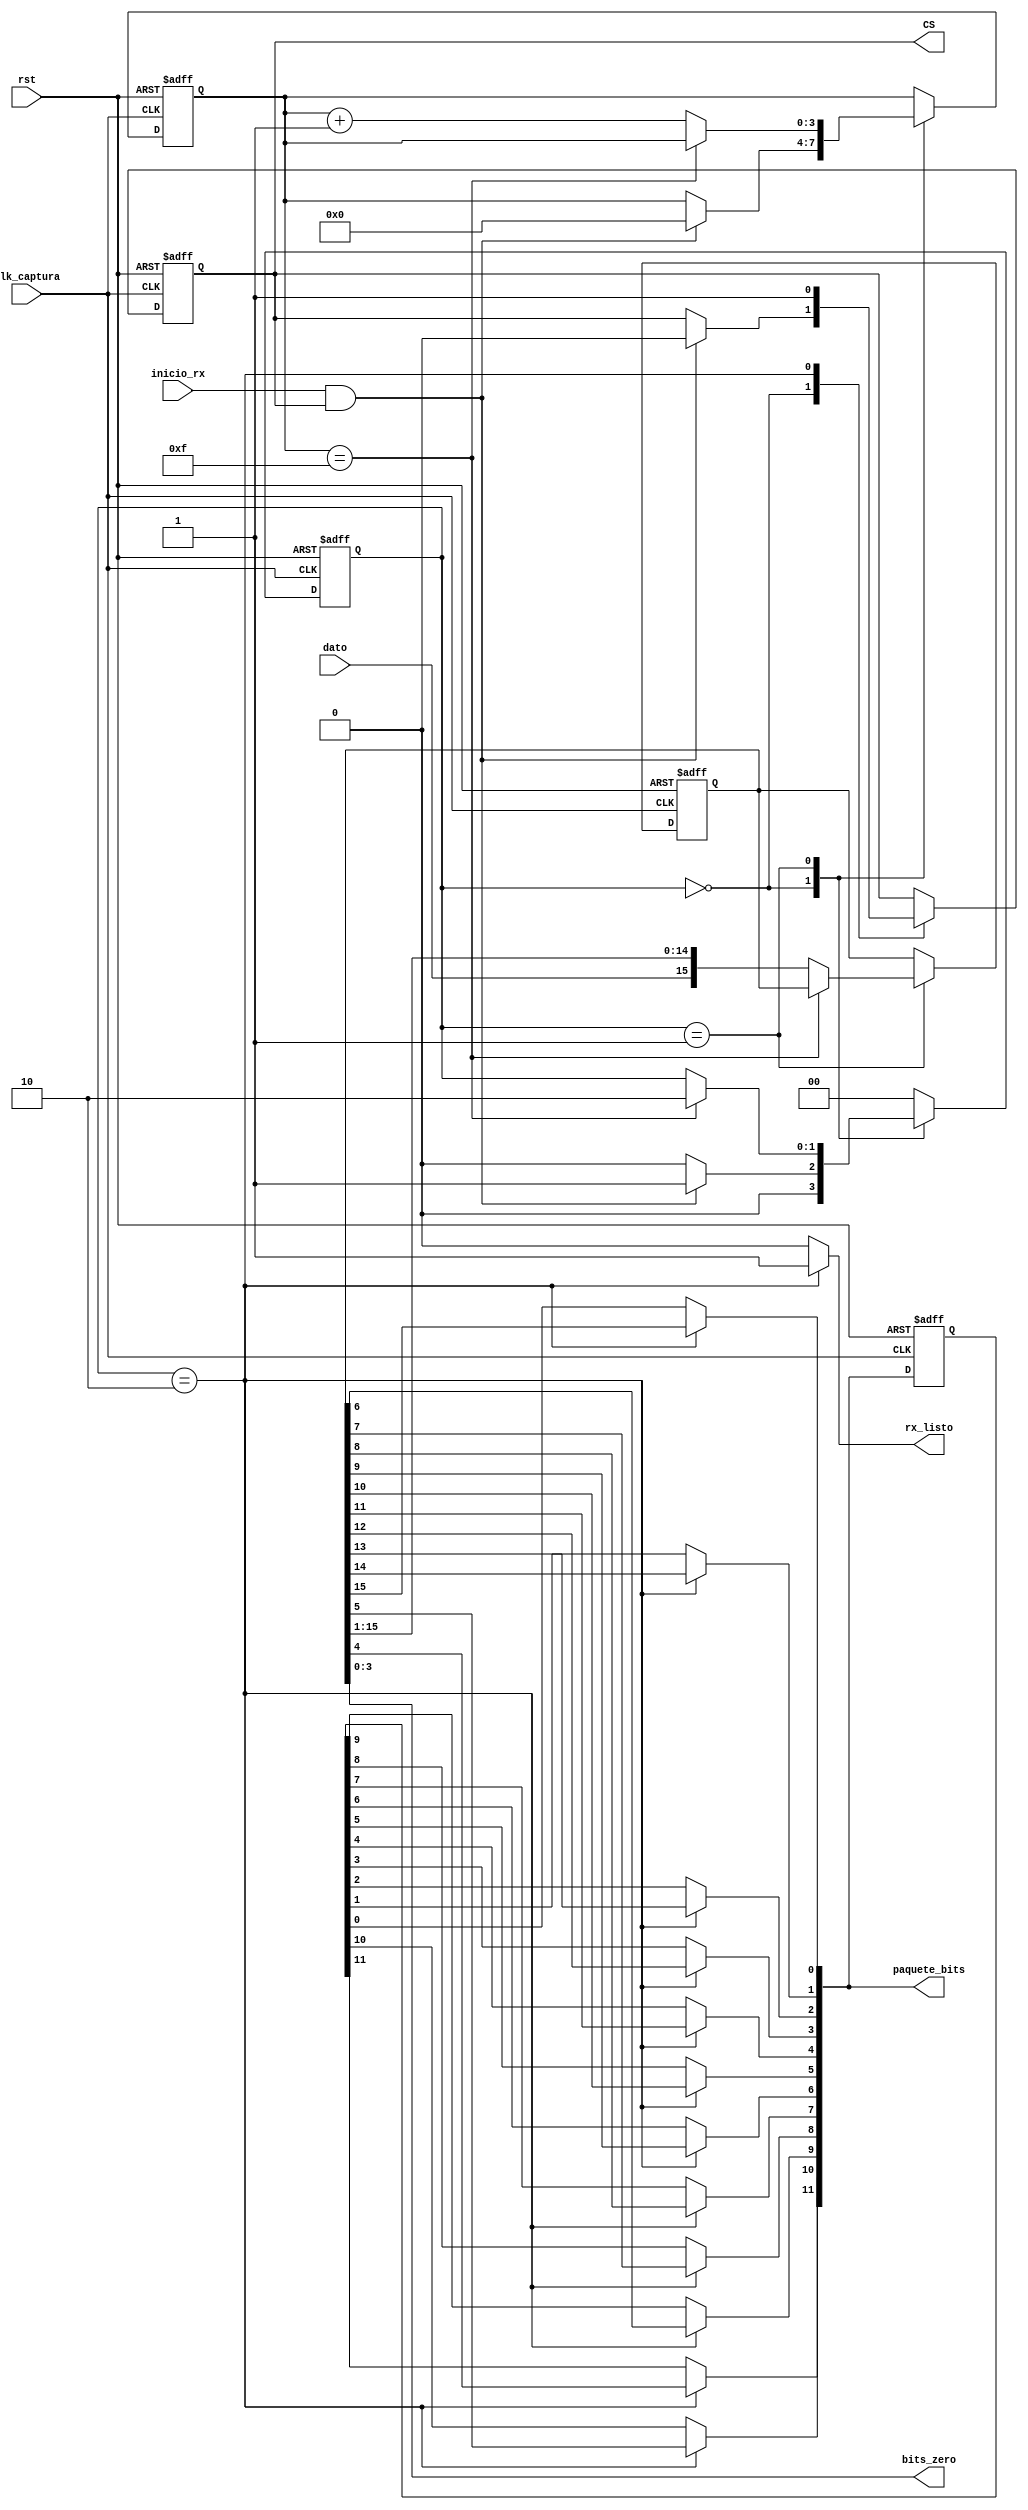
`timescale 1ns / 1ps
//////////////////////////////////////////////////////////////////////////////////
// Company: 
// Engineer: 
// 
// Create Date:    
// Design Name: 
// Module Name:    
// Project Name: 
// Target Devices: 
// Tool versions: 
// Description: 
//
// Dependencies: 
//
// Revision: 
// Revision 0.01 - File Created
// Additional Comments: 
//
//////////////////////////////////////////////////////////////////////////////////

module ADC_Recep(

	input wire clk_captura, rst,inicio_rx, dato,
	output wire CS,
	output reg rx_listo,
	output wire [11:0] paquete_bits,
	output wire [3:0] bits_zero

);
 

localparam [1:0]

  s0=2'b00,
  s1=2'b01,
  s2=2'b10;
					 
// Definicin de las variables de la mquina.
					 
reg [15:0] dato_actual, dato_siguiente;   // Dato de completo 
reg [11:0] dato_final_actual, dato_final_sgte;  // Dato sin los bits del inicio (ceros)
reg [3:0]cont_act,cont_sgte; 
reg CS_act , CS_sgte;  // Selector de lectura de datos.
reg [1:0] estado_actual,estado_sgte;  // Estados de la mquina.

always@(posedge clk_captura,posedge rst)

       begin 
		 
		      if(rst)
				   begin
				   dato_actual <= 0;
               CS_act <= 1; // Cuando no est leyendo, el selector tiene que estar en 1.
					estado_actual <= 0;
					cont_act <= 0;
					dato_final_actual <=0;
				   end
					
            else 
				   begin 
				   dato_actual <= dato_siguiente;
					CS_act <= CS_sgte;
					estado_actual <= estado_sgte;
					cont_act <= cont_sgte;
					dato_final_actual <= dato_final_sgte;
					end 
			end 
			


always @*

// Definicin temporal para los estados iniciales.
		
     begin 
		
		dato_siguiente = dato_actual;
		CS_sgte = CS_act;
		estado_sgte = estado_actual;
		cont_sgte = cont_act;
		dato_final_sgte = dato_final_actual;
		rx_listo = 1'b0; 
		
		case (estado_actual)
		      
				s0:   
							
							if(inicio_rx && CS_sgte)
				             begin
				             CS_sgte = 1'b0;   // Se pone CS en 0 para que inicie la recepcin del protocolo.
							    estado_sgte = s1;
							    cont_sgte = 4'd0;  // Se inicializa el contador.
							    end 
							 else 
							    estado_sgte = s0;
								 
				s1:  
				
			           if(cont_sgte == 15)
						     estado_sgte = s2;   // Si el contador est en 15 ya est completo el paquete de datos.
						  else 
							  begin 
							  dato_siguiente = {dato,dato_siguiente[15:1]};  // Corrimiento - entrada en serie de los datos.
							  cont_sgte = cont_sgte + 1'b1; //Aumenta el contador.
							  end
							  
				s2 :
				
			            begin
							rx_listo = 1'b1;
							CS_sgte = 1'b1;
							//El dato debe invertirse porque el ADC saca de primero el MSB.
							dato_final_sgte[0]  = dato_siguiente[15]; 
							dato_final_sgte[1]  = dato_siguiente[14]; 
							dato_final_sgte[2]  = dato_siguiente[13];
							dato_final_sgte[3]  = dato_siguiente[12]; 
							dato_final_sgte[4]  = dato_siguiente[11]; 
							dato_final_sgte[5]  = dato_siguiente[10]; 
							dato_final_sgte[6]  = dato_siguiente[9]; 
							dato_final_sgte[7]  = dato_siguiente[8]; 
							dato_final_sgte[8]  = dato_siguiente[7]; 
							dato_final_sgte[9]  = dato_siguiente[6]; 
							dato_final_sgte[10] = dato_siguiente[5];
							dato_final_sgte[11] = dato_siguiente[4];
							estado_sgte = s0; //Regresa al estado inicial.
							end 
							
			default :   estado_sgte = s0;
			
		endcase
	  end 
	  
//Definicin de las salidas del protocolo de recepcin


assign CS = CS_act;
assign bits_zero = dato_actual[3:0];
assign paquete_bits = dato_final_sgte;

endmodule